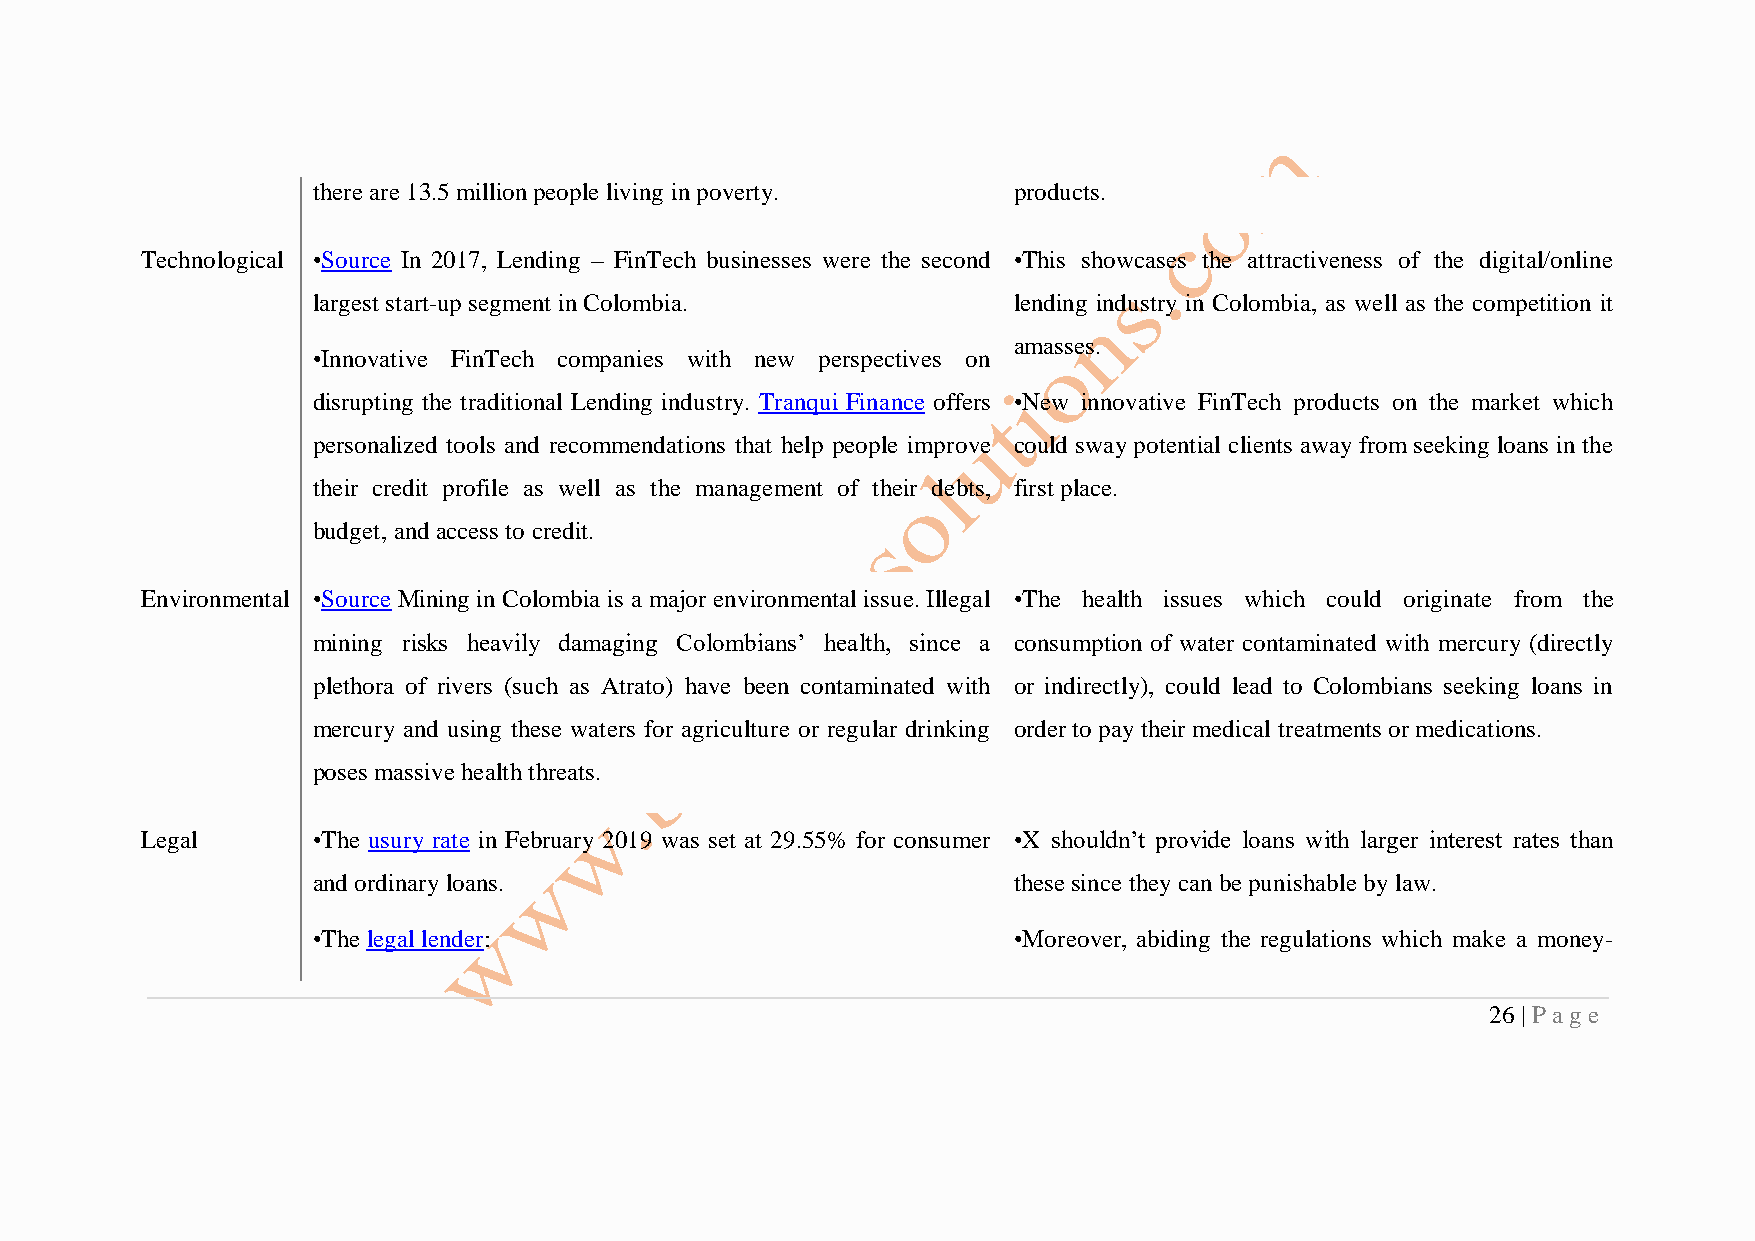
there are 13.5 million people living in poverty. products.
 Technological •Source In 2017, Lending – FinTech businesses were the second •This showcases the attractiveness of the digital/online
 largest start-up segment in Colombia.         lending industry in Colombia, as well as the competition it
 amasses.
 •Innovative FinTech companies with new perspectives on
 disrupting the traditional Lending industry. Tranqui Finance offers •New innovative FinTech products on the market which
 personalized tools and recommendations that help people improve could sway potential clients away from seeking loans in the
 their credit profile as well as the management of their debts, first place.
 budget, and access to credit.
 Environmental •Source Mining in Colombia is a major environmental issue. Illegal •The health issues which could originate from the
 mining risks heavily damaging Colombians’ health, since a consumption of water contaminated with mercury (directly
 plethora of rivers (such as Atrato) have been contaminated with or indirectly), could lead to Colombians seeking loans in
 mercury and using these waters for agriculture or regular drinking order to pay their medical treatments or medications.
 poses massive health threats.
 Legal       •The usury rate in February 2019 was set at 29.55% for consumer •X shouldn’t provide loans with larger interest rates than
 and ordinary loans.                           these since they can be punishable by law.
 •The legal lender:                            •Moreover, abiding the regulations which make a money-
 26 | P ag e